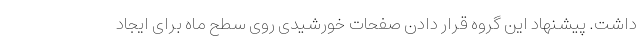
داشت. پیشنهاد این گروه قرار دادن صفحات خورشیدی روی سطح ماه برای ایجاد